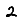
Digit: 2